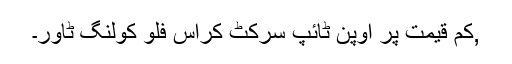
,کم قیمت پر اوپن ٹائپ سرکٹ کراس فلو کولنگ ٹاور۔